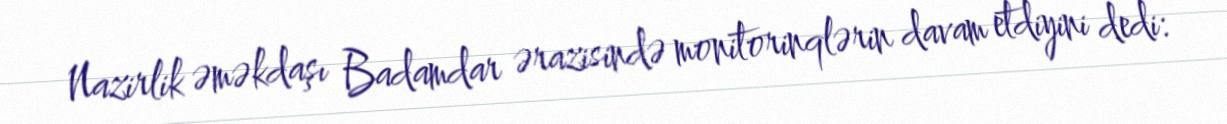
Nazirlik əməkdaşı Badamdar ərazisində monitorinqlərin davam etdiyini dedi: